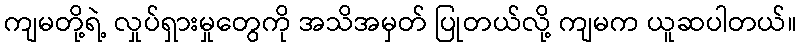
ကျမတို့ရဲ့ လှုပ်ရှားမှုတွေကို အသိအမှတ် ပြုတယ်လို့ ကျမက ယူဆပါတယ်။